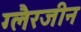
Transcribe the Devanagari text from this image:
ग्लैरजीन